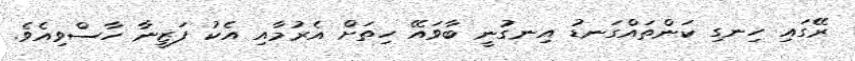
ރޭގައި ހިނގި ކަންތައްގަނޑު އިނގުނީ ބާވައޭ ހިތަށް އެރުމާއި އެކު ފަޒީނާ ހާސްވިއެވެ.